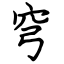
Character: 穹